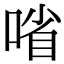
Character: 㗂